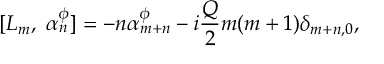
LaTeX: [ L _ { m } , ~ \alpha _ { n } ^ { \phi } ] = - n \alpha _ { m + n } ^ { \phi } - i { \frac { Q } { 2 } } m ( m + 1 ) \delta _ { m + n , 0 } ,